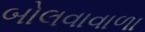
બોલવાવાળા